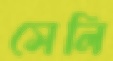
সেলি